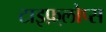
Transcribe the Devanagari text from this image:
टाइफ़्लोप्स